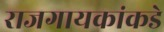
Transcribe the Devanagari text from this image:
राजगायकांकडे